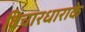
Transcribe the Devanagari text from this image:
विचारधाराके